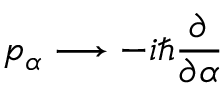
p _ { \alpha } \longrightarrow - i \hbar { \frac { \partial } { \partial \alpha } }